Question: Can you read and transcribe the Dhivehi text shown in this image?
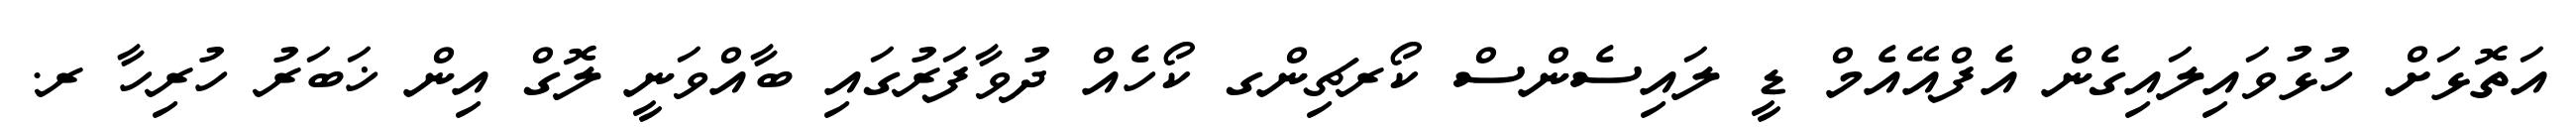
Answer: އަތޮޅަށް ހުޅުވައިލައިގެން އެފްއޭއެމް ޑީ ލައިސެންސް ކޯރޗިންގ ކޯހެއް ދުވާފަރުގައި ބާއްވަނީ ލޮގް އިން ޚަބަރު ހުރިހާ ރ.